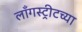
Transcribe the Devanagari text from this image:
लाँगस्ट्रीटच्या